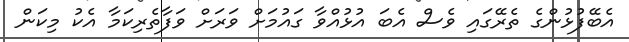
އެބޭފުޅުންގެ ތެރޭގައި ވެސް އެބަ އުޅުއްވާ ގައުމަށް ވަރަށް ވަފާތެރިކަމާ އެކު މިކަން